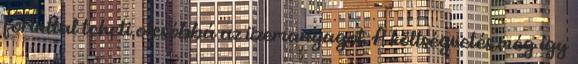
forinttal teheti olcsóbbá az üzemanyagot. A költségvetés még így